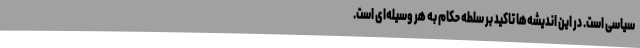
سیاسی است. در این اندیشه‌ها تاکید بر سلطه حکام به هر وسیله‌ای است.